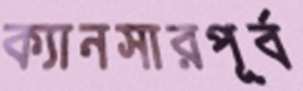
ক্যানসারপূর্ব